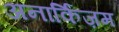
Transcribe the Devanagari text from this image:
अनार्किज़म